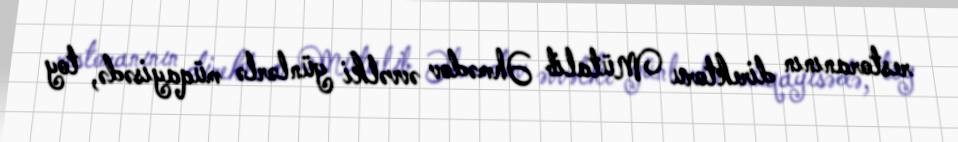
restoranının direktoru Mütalib Əhmədov əvvəlki günlərlə müqayisədə, toy